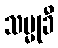
သမ္မုခီ